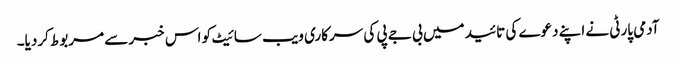
آدمی پارٹی نے اپنے دعوے کی تائید میں بی جے پی کی سرکاری ویب سائیٹ کو اس خبر سے مربوط کردیا۔